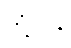
တုံ့ပြန်